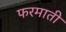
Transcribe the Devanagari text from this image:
फरमाती